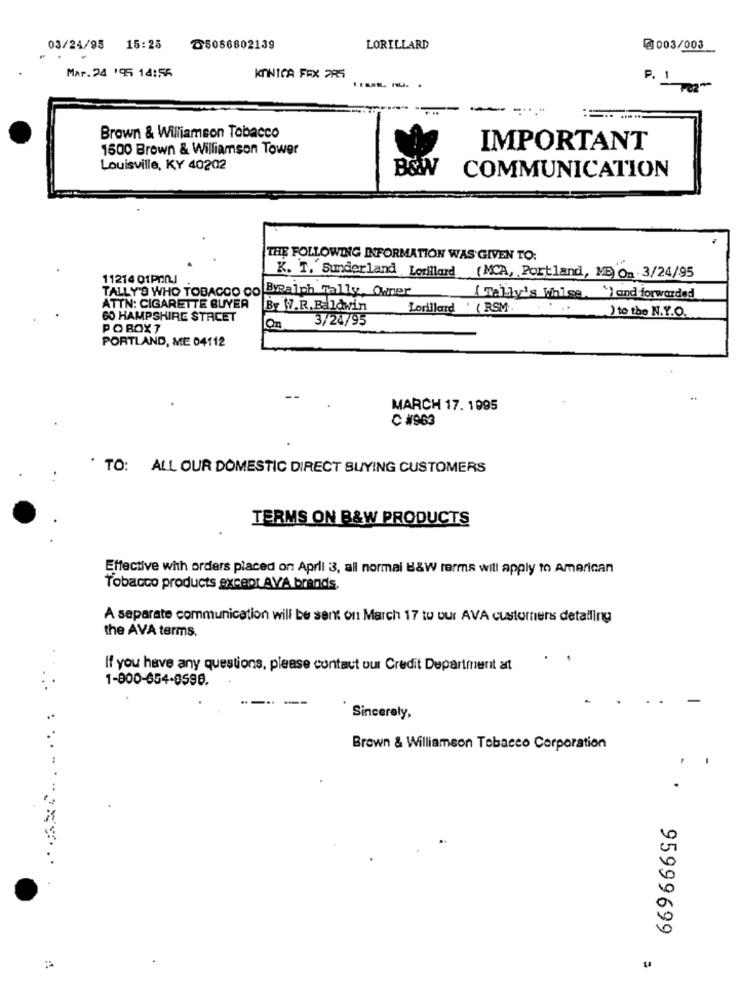
03/24/95 15:25
T5086802139
LORILLARD
@003/003
Mar.24 195 14:56
KONICA FEX PRA
-
P.
...
Brown & Williamson Tobacco
1600 Brown & Williamson Tower
IMPORTANT
Louisville, KY 40202
COMMUNICATION
THE FOLLOWING INFORMATION WAS GIVEN TO:
11214 01PANI
K. T. Sunderland Lotillard (MCA, Portland, ME) On 3/24/95
TALLY'S WHO TOBACCO DO BRalph Tally, Owner
( Tally's Whise. ") and forwarded
ATTN: CIGARETTE BUYER
By W.R.Baldwin
Lorillard ( RSM.
60 HAMPSHIRE STREET
3/24/95
") to the N.Y.O.
POBOX ?
On
PORTLAND, ME 04112
MARCH 17. 1995
C #963
TO: ALL OUR DOMESTIC DIRECT BUYING CUSTOMERS
TERMS ON B&W PRODUCTS
Effective with orders placed on Aprll 3, all normai B&W rarms will apply to American
Tobacco products except AVA brands.
A separate communication will be sent on March 17 tu our AVA customers detailing
the AVA terms.
.
If you have any questions, please contact our Credit Department at
1-800-654-0596.
Sincerely,
Brown & Williamson Tobacco Corporation
95999699